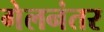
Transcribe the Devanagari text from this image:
गेलनंतर